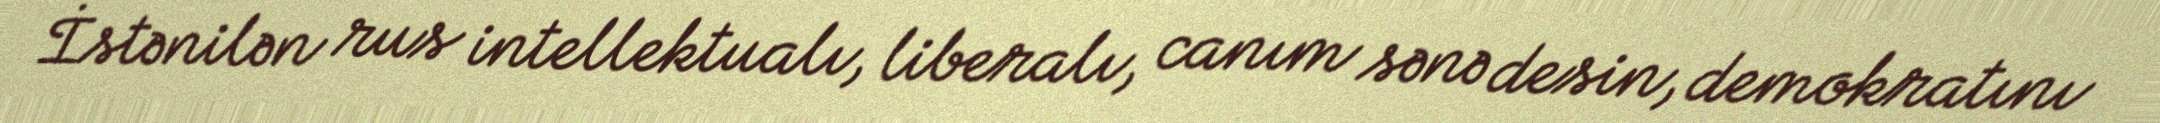
İstənilən rus intellektualı, liberalı, canım sənə desin, demokratını